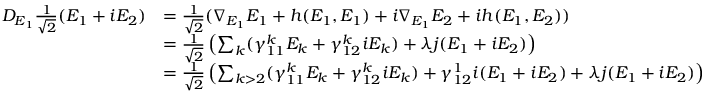
\begin{array} { r l } { D _ { E _ { 1 } } \frac { 1 } { \sqrt { 2 } } ( E _ { 1 } + i E _ { 2 } ) } & { = \frac { 1 } { \sqrt { 2 } } ( \nabla _ { E _ { 1 } } E _ { 1 } + h ( E _ { 1 } , E _ { 1 } ) + i \nabla _ { E _ { 1 } } E _ { 2 } + i h ( E _ { 1 } , E _ { 2 } ) ) } \\ & { = \frac { 1 } { \sqrt { 2 } } \left( \sum _ { k } ( \gamma _ { 1 1 } ^ { k } E _ { k } + \gamma _ { 1 2 } ^ { k } i E _ { k } ) + \lambda j ( E _ { 1 } + i E _ { 2 } ) \right) } \\ & { = \frac { 1 } { \sqrt { 2 } } \left( \sum _ { k > 2 } ( \gamma _ { 1 1 } ^ { k } E _ { k } + \gamma _ { 1 2 } ^ { k } i E _ { k } ) + \gamma _ { 1 2 } ^ { 1 } i ( E _ { 1 } + i E _ { 2 } ) + \lambda j ( E _ { 1 } + i E _ { 2 } ) \right) } \end{array}